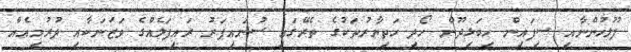
ފުލުހުންނާއި ސިފައިން ހިބަޅިދޫން ހޯދި ހަތިޔާރުތަކުގެ ތެރޭގައި ސުނައިޕަރު ރައިފަލެއްގެ ވަޒަނަކާއި ދުރުމިއެއް